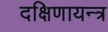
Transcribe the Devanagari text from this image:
दक्षिणायन्त्र